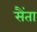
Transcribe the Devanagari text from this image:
सैंता